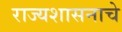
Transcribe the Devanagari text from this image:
राज्यशासनाचे